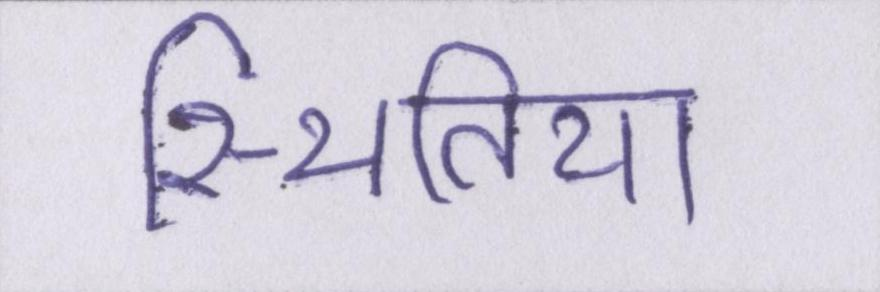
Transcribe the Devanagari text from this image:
स्थितियाँ